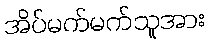
အိပ်မက်မက်သူအား